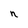
Character: n